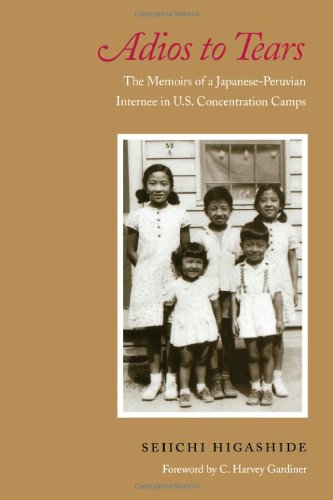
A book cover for Adios to Tears: The Memoirs of a Japanese-Peruvian Internee in U.S. Concentration Camps; Seiichi Higashide; Biographies & Memoirs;